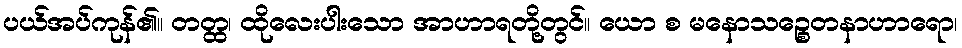
ပယ်အပ်ကုန်၏။ တတ္ထ၊ ထိုလေးပါးသော အာဟာရတို့တွင်။ ယော စ မနောသဉ္စေတနာဟာရော၊